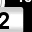
Digit: 2